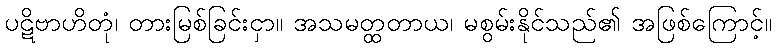
ပဋိဗာဟိတုံ၊ တားမြစ်ခြင်းငှာ။ အသမတ္ထတာယ၊ မစွမ်းနိုင်သည်၏ အဖြစ်ကြောင့်။